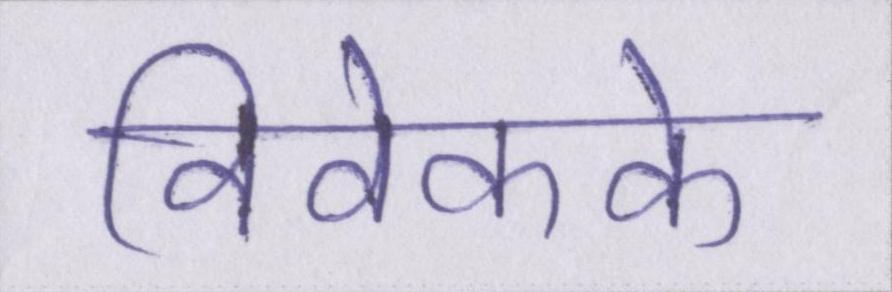
विवेकके